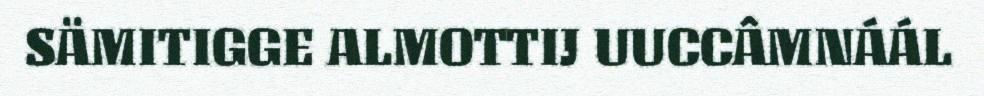
SÄMITIGGE ALMOTTIJ UUCCÂMNÁÁL